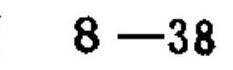
$8 - 38$